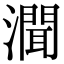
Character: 𤀳